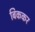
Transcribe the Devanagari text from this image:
बिककर